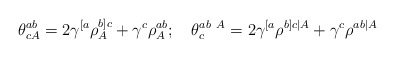
\begin{align*}\theta^{ab}_{cA}=2\gamma^{[a}\rho^{b]c}_A+\gamma^c\rho^{ab}_A;\quad\theta^{ab\ A}_c=2\gamma^{[a}\rho^{b]c\vert A}+\gamma^c\rho^{ab\vert A}\end{align*}